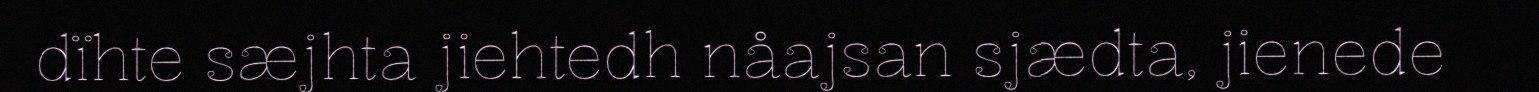
dïhte sæjhta jiehtedh nåajsan sjædta, jienede